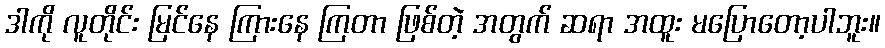
ဒါကို လူတိုင်း မြင်နေ ကြားနေ ကြတာ ဖြစ်တဲ့ အတွက် ဆရာ အထူး မပြောတော့ပါဘူး။